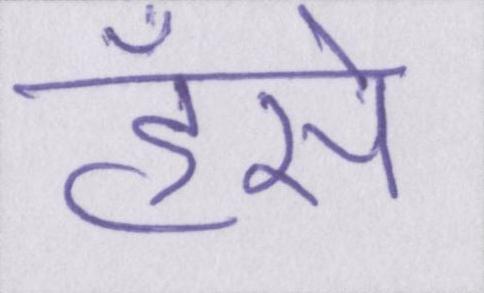
हँसे